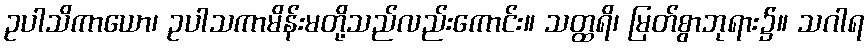
ဥပါသိကာယော၊ ဥပါသကာမိန်းမတို့သည်လည်းကောင်း။ သတ္ထရိ၊ မြတ်စွာဘုရား၌။ သဂါရ